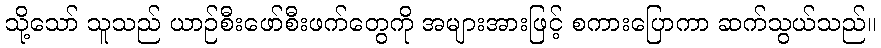
သို့သော် သူသည် ယာဉ်စီးဖော်စီးဖက်တွေကို အများအားဖြင့် စကားပြောကာ ဆက်သွယ်သည်။